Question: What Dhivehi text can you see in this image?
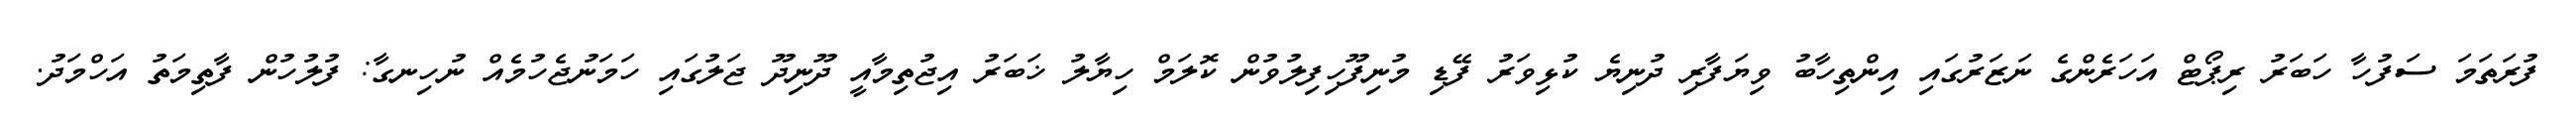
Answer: ފުރަތަމަ ސަފުހާ ހަބަރު ރިޕޯޓް އަހަރެންގެ ނަޒަރުގައި އިންތިހާބު ވިޔަފާރި ދުނިޔެ ކުޅިވަރު ފޭޑި މުނިފޫހިފިލުވުން ކޮލަމް ހިޔާލު ޚަބަރު އިޖުތިމާއީ ދޫނިދޫ ޖަލުގައި ހަމަނުޖެހުމެއް ނުހިނގާ: ފުލުހުން ފާތިމަތު އަހްމަދު.